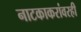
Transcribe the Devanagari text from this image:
नाटकाकरांवरही